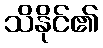
သိနိုင်၏